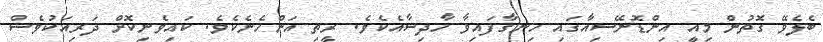
ބެލެވޭ ގޮތުން މިއީ އިންޑޮނޭސިއާގައި ހިނގާފައިވާ ހާދިސާއެކެވެ. ރީތި އަންހެނެކެވެ. ކައިވެނިކޮށް ދަރިއަކުވެސް